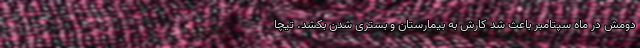
دومش در ماه سپتامبر باعث شد کارش به بیمارستان و بستری شدن بکشد. تیچا